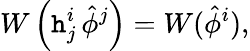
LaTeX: W\left(\mathtt{h}_{j}^{i}\, \hat{{\phi}}^{j}\right)=W(\hat{{\phi}}^{i}),